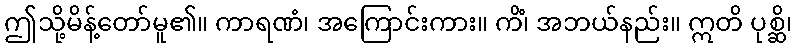
ဤသို့မိန့်တော်မူ၏။ ကာရဏံ၊ အကြောင်းကား။ ကိံ၊ အဘယ်နည်း။ ဣတိ ပုစ္ဆိ၊